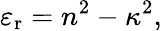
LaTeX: \varepsilon_{\mathrm{r}}=n^{2}-\kappa^{2},